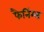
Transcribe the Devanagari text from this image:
फैनिंग्स